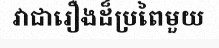
វាជារឿងដ៏ប្រពៃមួយ